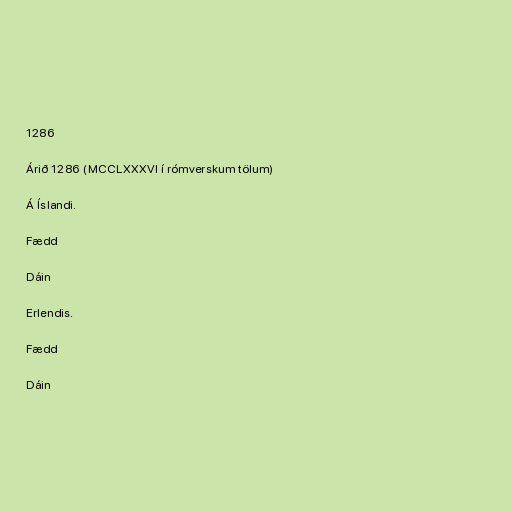
1286

Árið 1286 (MCCLXXXVI í rómverskum tölum)

Á Íslandi.

Fædd

Dáin

Erlendis.

Fædd

Dáin